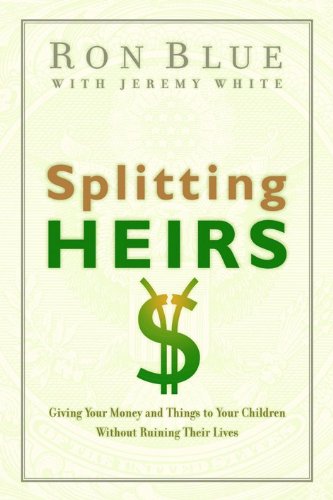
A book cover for Splitting Heirs: Giving Your Money and Things to Your Children Without Ruining Their Lives; Ron Blue; Law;